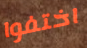
اختفوا